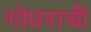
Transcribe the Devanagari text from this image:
गोधराची